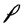
Character: P